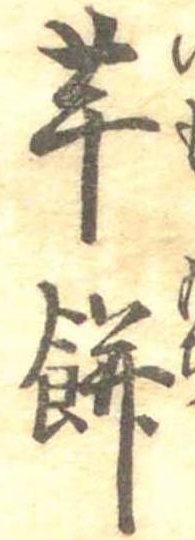
芋餅